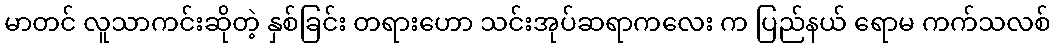
မာတင် လူသာကင်းဆိုတဲ့ နှစ်ခြင်း တရားဟော သင်းအုပ်ဆရာကလေး က ပြည်နယ် ရောမ ကက်သလစ်